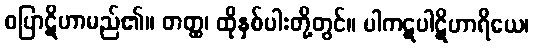
ဝပြာဋိဟာမည်၏။ တတ္ထ၊ ထိုနှစ်ပါးတို့တွင်။ ပါကဋပါဋိဟာရိယေ၊